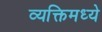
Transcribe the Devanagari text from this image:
व्यक्तिमध्ये